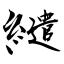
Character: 繾